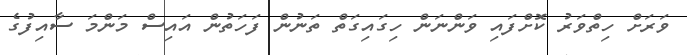
ވަރަށް ހިތްވަރު ކޮށްފައި ވަންނަން ހިގައިގަތް ތަނުން ފަހަތުން އައިސް މަންމަ ސާއިފުގެ